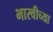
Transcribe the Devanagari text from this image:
भारवीच्या